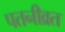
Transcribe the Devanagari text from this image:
पतनीव्रत